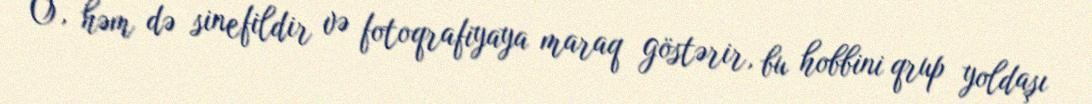
O, həm də sinefildir və fotoqrafiyaya maraq göstərir, bu hobbini qrup yoldaşı